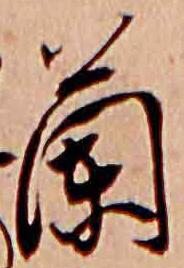
蘭